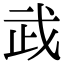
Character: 𢦰